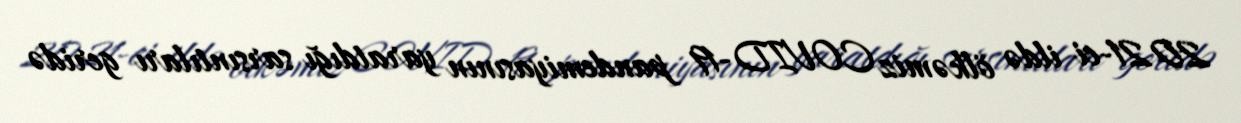
2021-ci ildə ölkəmiz COVID-19 pandemiyasının yaratdığı sarsıntıları geridə